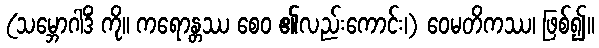
(သမ္ဘောဂါဒိံ ကို။ ကရောန္တဿ စေဝ ၏လည်းကောင်း၊) ဝေမတိကဿ၊ ဖြစ်၍။